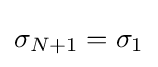
\sigma _{N+1}=\sigma _{1}